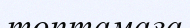
топтамаға